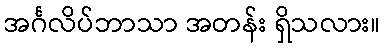
အင်္ဂလိပ်ဘာသာ အတန်း ရှိသလား။